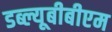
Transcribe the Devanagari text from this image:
डब्ल्यूबीबीएम